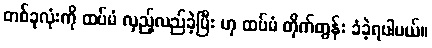
တစ်ခုလုံးကို ထပ်မံ လှည့်လည်ခဲ့ပြီး ဟု ထပ်မံ တိုက်တွန်း ခံခဲ့ရပါမယ်။